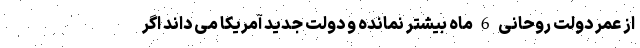
از عمر دولت روحانی 6 ماه بیشتر نمانده و دولت جدید آمریکا می داند اگر